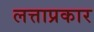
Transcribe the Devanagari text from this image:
लत्ताप्रकार